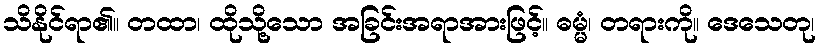
သိနိုင်ရာ၏။ တထာ၊ ထိုသို့သော အခြင်းအရာအားဖြင့်။ ဓမ္မံ၊ တရားကို။ ဒေသေတု၊